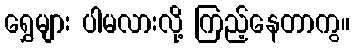
ရွှေများ ပါမလားလို့ ကြည့်နေတာကွ။